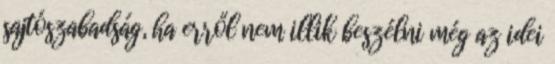
sajtószabadság, ha erről nem illik beszélni még az idei